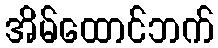
အိမ်ထောင်ဘက်